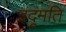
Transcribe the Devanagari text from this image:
इंदूमति